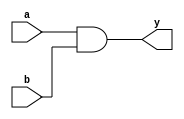
module jandgate(input a, input b, output y);
  assign y = a & b;
endmodule

module test_jandgate;
  reg a;
  reg b;
  wire y;
  
  jandgate jand(.a(a), .b(b), .y(y));

  initial begin
    $display("RESULT\ta\tb\ty");

    a = 0; b = 0; #100; 
    if ( y == 0 ) 
      $display("PASS\t%d\t%d\t%d", a, b, y);
    else
      $display("FAIL\t%d\t%d\t%d", a, b, y);

    a = 0; b = 1; #100; 
    if ( y == 0 ) 
      $display("PASS\t%d\t%d\t%d", a, b, y);
    else
      $display("FAIL\t%d\t%d\t%d", a, b, y);

    a = 1; b = 0; #100; 
    if ( y == 0 ) 
      $display("PASS\t%d\t%d\t%d", a, b, y);
    else
      $display("FAIL\t%d\t%d\t%d", a, b, y);

    a = 1; b = 1; #100; 
    if ( y == 1 ) 
      $display("PASS\t%d\t%d\t%d", a, b, y);
    else
      $display("FAIL\t%d\t%d\t%d", a, b, y);   
  end

  initial begin 
    $dumpfile("dump.vcd"); 
    $dumpvars(0, test_jandgate);
  end
endmodule